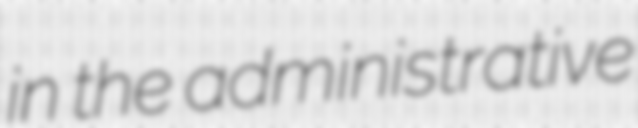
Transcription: in the administrative